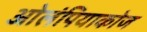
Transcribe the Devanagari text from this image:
ओलंपियाकोज